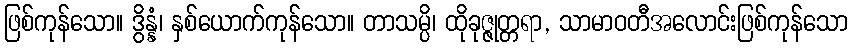
ဖြစ်ကုန်သော။ ဒွိန္နံ၊ နှစ်ယောက်ကုန်သော။ တာသမ္ပိ၊ ထိုခုဇ္ဇုတ္တရာ, သာမာဝတီအလောင်းဖြစ်ကုန်သော